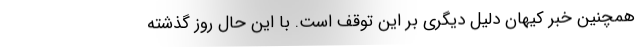
همچنین خبر کیهان دلیل دیگری بر این توقف است. با این حال روز گذشته